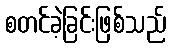
စတင်ခဲ့ခြင်းဖြစ်သည်